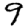
Digit: 9